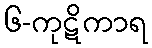
၆-ကုဋိကာရ